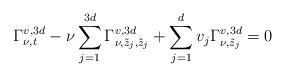
LaTeX: \begin{align*}\Gamma^{v,3d}_{\nu,t}-\nu\sum_{j=1}^{3d}\Gamma^{v,3d}_{\nu,\tilde{z}_j,\tilde{z}_j}+\sum_{j=1}^dv_j\Gamma^{v,3d}_{\nu,\tilde{z}_j}=0\end{align*}